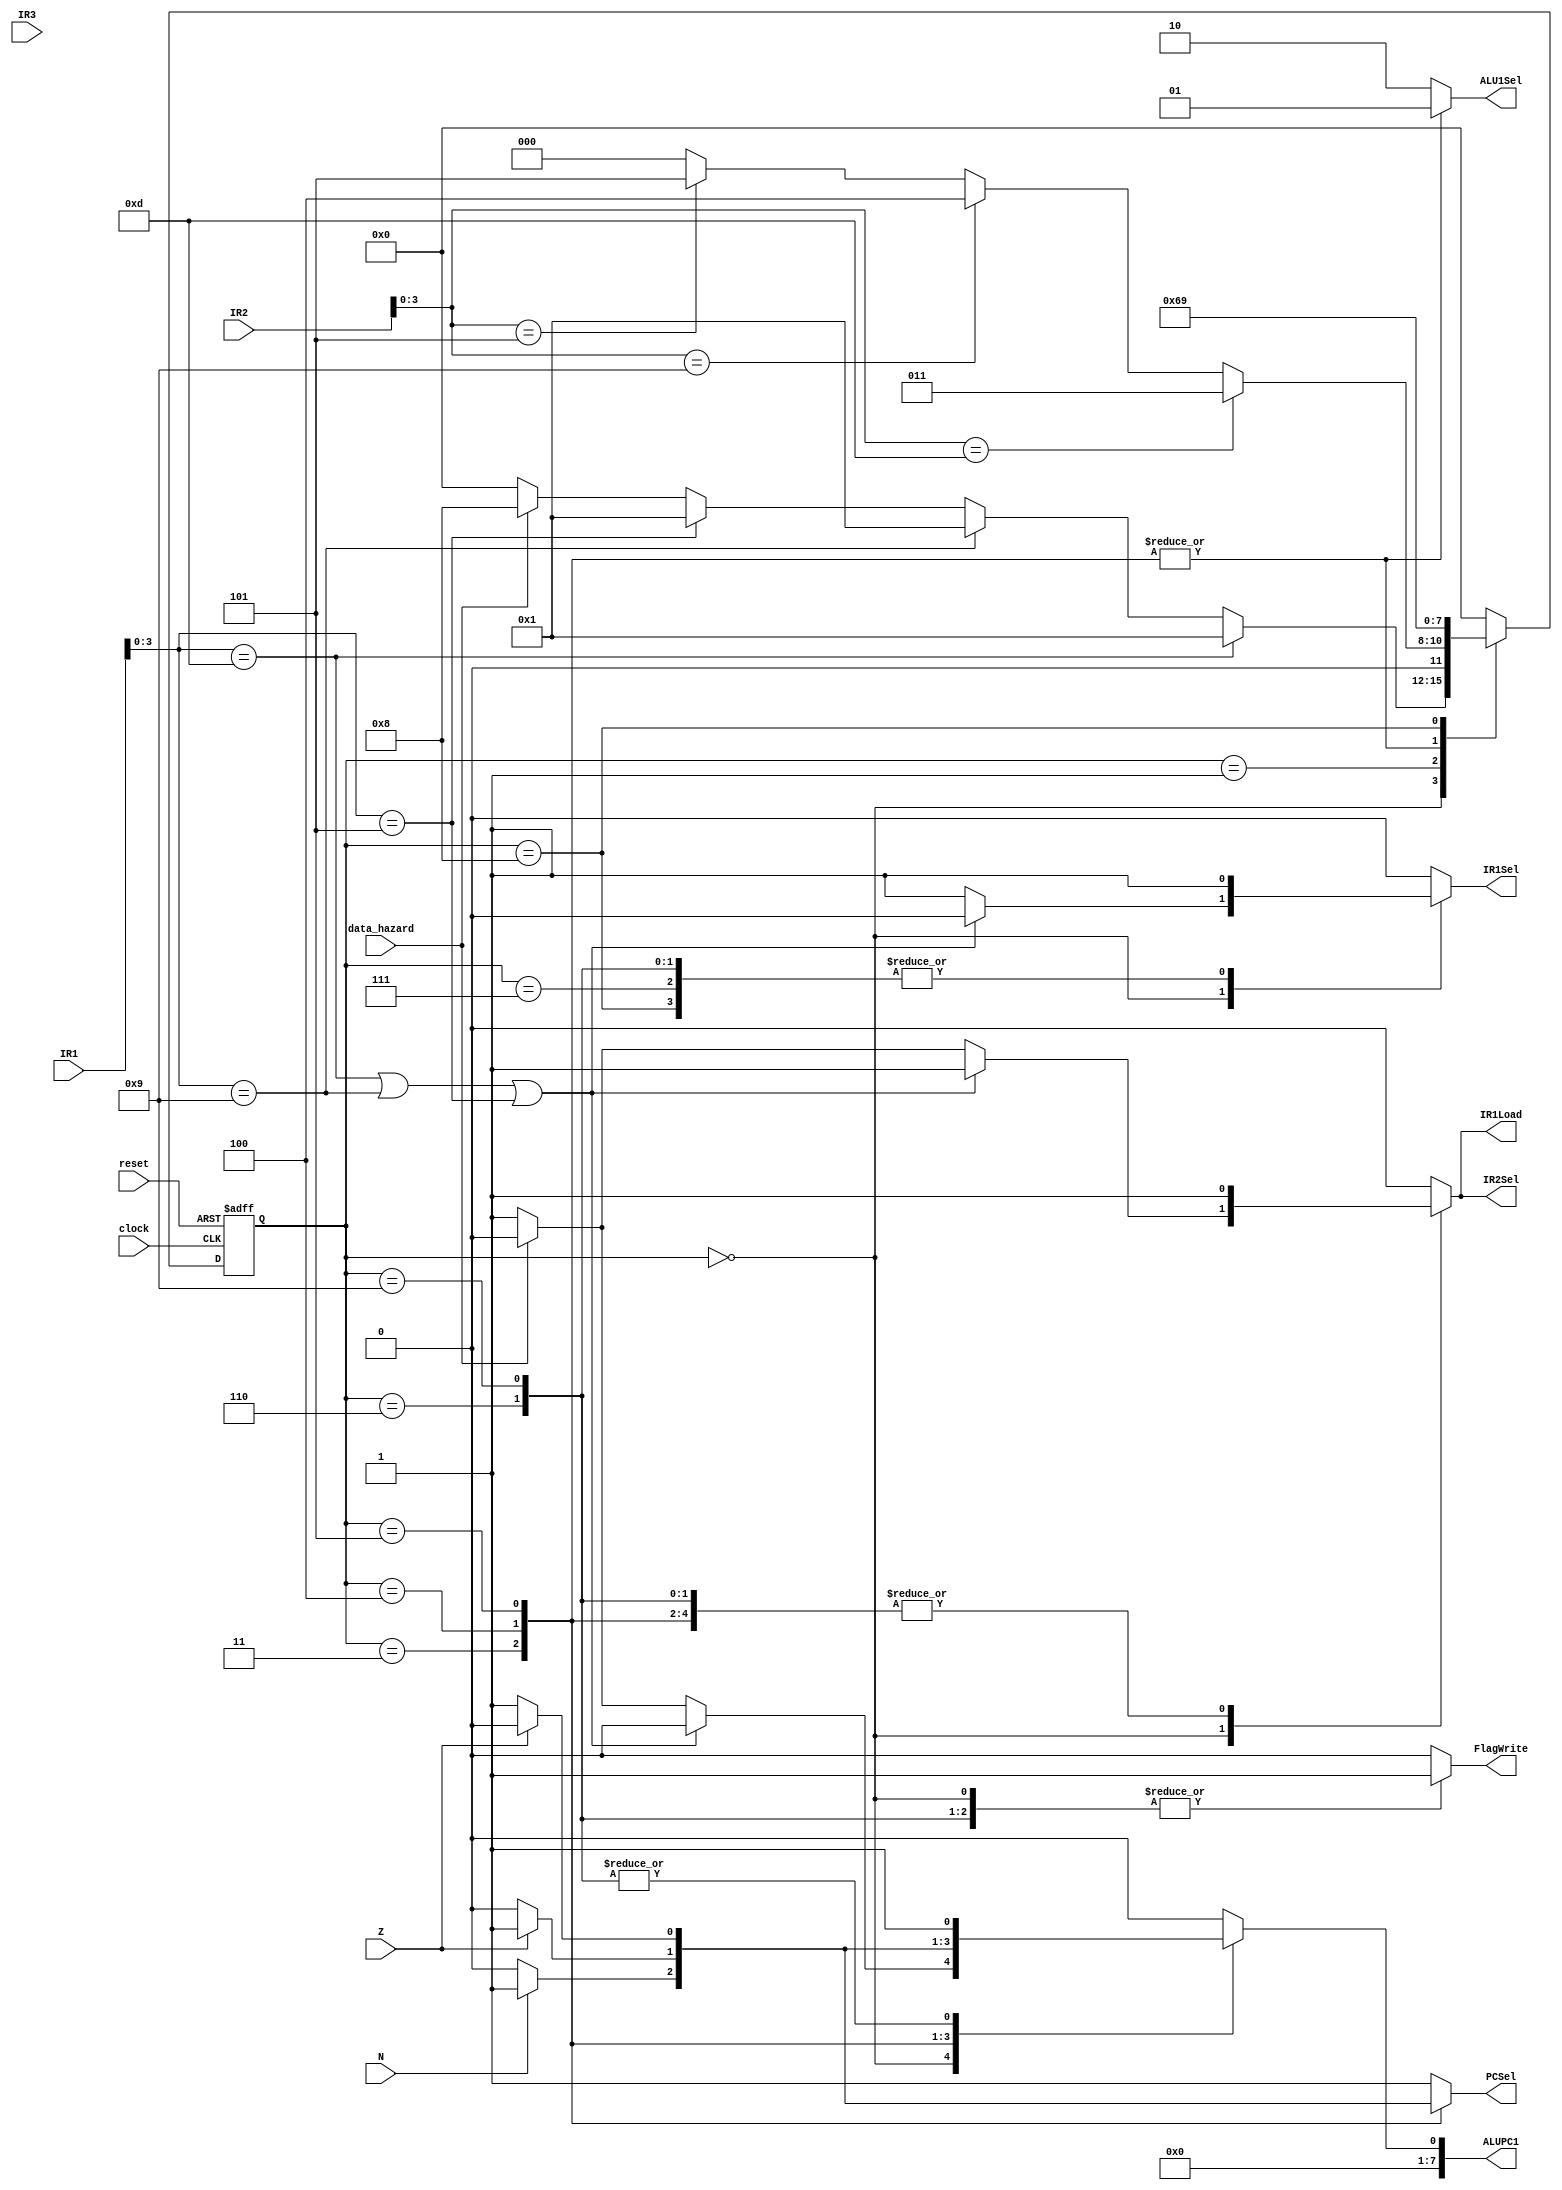
// Branch Control State Machine 


module HazardFSM(
	IR1, 
	IR2, 
	IR3,
	N,Z,
	reset, clock,
	ALU1Sel,
	FlagWrite,
	IR1Sel,
	ALUPC1,
	PCSel,
	data_hazard,
	IR1Load,
	IR2Sel
);

	//FlagWrite has already been handled by EXControl properly 

	input	[7:0] IR1, IR2, IR3; //IR3 wasnt used for handling branch, but might be useful for handling other hazards
	input	N, Z;
	input	reset, clock, data_hazard;
	
	output [1:0] ALU1Sel; 
	output FlagWrite; 
	output IR1Sel, IR2Sel; 
	output [7:0] ALUPC1;
	output PCSel, IR1Load;
	
	
	reg [1:0] ALU1Sel;
	reg FlagWrite; 
	reg IR1Sel, IR1Load, IR2Sel; 
	reg [7:0] ALUPC1;
	reg PCSel;
	
	
	reg [3:0]	state;
	parameter [4:0] c0 = 0, c1_branch = 1, c2_branch = 2, c2_bpz = 3, c2_bnz = 4, c2_bz = 5, c3_branch = 6, reset_s = 7,
					c1_data = 8, c2_data = 9;
	
	
	always @ (posedge clock or posedge reset) 
	begin
		if(reset)
			state = reset_s;
		else
		begin
			case(state) 
				reset_s: state = c0;
				c0:	
				begin
						if (IR1[3:0] == 4'b1101) state = c1_branch; //branch 
						else if (IR1[3:0] == 4'b1001) state = c1_branch; 
						else if (IR1[3:0] == 4'b0101) state = c1_branch; 
						else if (data_hazard == 1) state = c1_data;
						else state = c0;
				end
				c1_branch:	
				begin
						if (IR2[3:0] == 4'b1101)	state = c2_bpz;
						else if (IR2[3:0] == 4'b1001)	state = c2_bnz;
						else if (IR2[3:0] == 4'b0101)	state = c2_bz;
						else state = c0; //default case
				end
				c2_bpz: 	state = c3_branch;
				c2_bnz: 	state = c3_branch;
				c2_bz: 		state = c3_branch;
				c3_branch:	state = c0;
				c1_data:	state = c2_data;
				c2_data:	state = c0;
				default: state = c0;
			endcase
		end
	end
	
	always @(*)
	begin
		case(state)
			reset_s:
			begin
				FlagWrite = 0;
				ALU1Sel = 2'b10;
				ALUPC1 = 0; // freeze PC increment
				IR1Sel = 1; //0 = nop 
				PCSel = 1;
				IR2Sel = 1;
				IR1Load = 1;
			end
			c0:
			begin
				FlagWrite = 1;
				ALU1Sel = 2'b10; // select R1
				PCSel = 1;
				if (IR1[3:0] == 4'b1101 || IR1[3:0] == 4'b1001 || IR1[3:0] == 4'b0101)	
				begin
					ALUPC1 = 0; // freeze PC increment
					IR1Sel = 0; //0 = nop 
					IR2Sel = 1;
					IR1Load = 1;
				end
				else if(data_hazard == 1)
				begin
					ALUPC1 = 0;
					IR1Load = 0;
					IR2Sel = 0;
					IR1Sel = 1;
				end
				else 
				begin
					ALUPC1 = 1; // 1 = increment ALUPC by 1 
					IR1Sel = 1; //1 = normal instruction
					IR1Load = 1;					
					IR2Sel = 1;
				end
			end
			c1_branch:
			begin
				FlagWrite = 1;
				ALUPC1 = 0; //0 = no increment 
				IR1Sel = 0; // 0 = nop
				ALU1Sel = 2'b10; // select R1
				PCSel = 1;
				IR2Sel = 1;
				IR1Load = 1;
			end
			c2_bpz:
			begin
				FlagWrite = 0;
				IR1Sel = 0; //1 corresponds to normal instruction
				ALU1Sel = 2'b01; // select R1
				IR2Sel = 1;
				IR1Load = 1;
				if(!N)
				begin
					PCSel = 0;
					ALUPC1 = 0; //doesnt matter actually for ALUPC at this stage 
				end
				else
				begin
					PCSel = 1;
					ALUPC1 = 1; //this, however, does matter
				end
				
				
			end
			c2_bnz:
			begin
				FlagWrite = 0;
				IR1Sel = 0; //1 corresponds to normal instruction
				ALU1Sel = 2'b01; // select R1
				IR2Sel = 1;
				IR1Load = 1;
				if(!Z)
				begin
					PCSel = 0;
					ALUPC1 = 0; //doesnt matter actually for ALUPC at this stage 
				end
				else
				begin
					PCSel = 1;
					ALUPC1 = 1; //this, however, does matter
				end
				
				
			end
			c2_bz:
			begin
				FlagWrite = 0;
				IR1Sel = 0; //1 corresponds to normal instruction
				ALU1Sel = 2'b01; // select R1
				IR2Sel = 1;
				IR1Load = 1;
				if(Z)
				begin
					PCSel = 0;
					ALUPC1 = 0; //doesnt matter actually for ALUPC at this stage 
				end
				else
				begin
					PCSel = 1;
					ALUPC1 = 1; //this, however, does matter
				end
				
				
			end
			
			c3_branch:
			begin
				//MemRead is always set of on in FetchControl except at reset
				FlagWrite = 1;
				ALU1Sel = 2'b10; // select R1
				IR1Sel = 1;
				ALUPC1 = 1;
				PCSel = 1;
				IR2Sel = 1;
				IR1Load = 1;
			end
			c1_data:
			begin
				FlagWrite = 1;
				ALU1Sel = 2'b10; // select R1
				IR1Sel = 1;
				ALUPC1 = 0;
				PCSel = 1;
				IR2Sel = 0; // 0 = nop
				IR1Load = 0;
			end
			c2_data:
			begin
				FlagWrite = 1;
				ALU1Sel = 2'b10; // select R1
				IR1Sel = 1;
				ALUPC1 = 1;
				PCSel = 1;
				IR2Sel = 1;
				IR1Load = 1;
			end
			default:
			begin
				FlagWrite = 0;
				ALU1Sel = 2'b10;
				ALUPC1 = 0; // freeze PC increment
				IR1Sel = 0; //0 = nop 
				PCSel = 1;
				IR2Sel = 0;
				IR1Load = 0;
			end	
		endcase
	end
endmodule